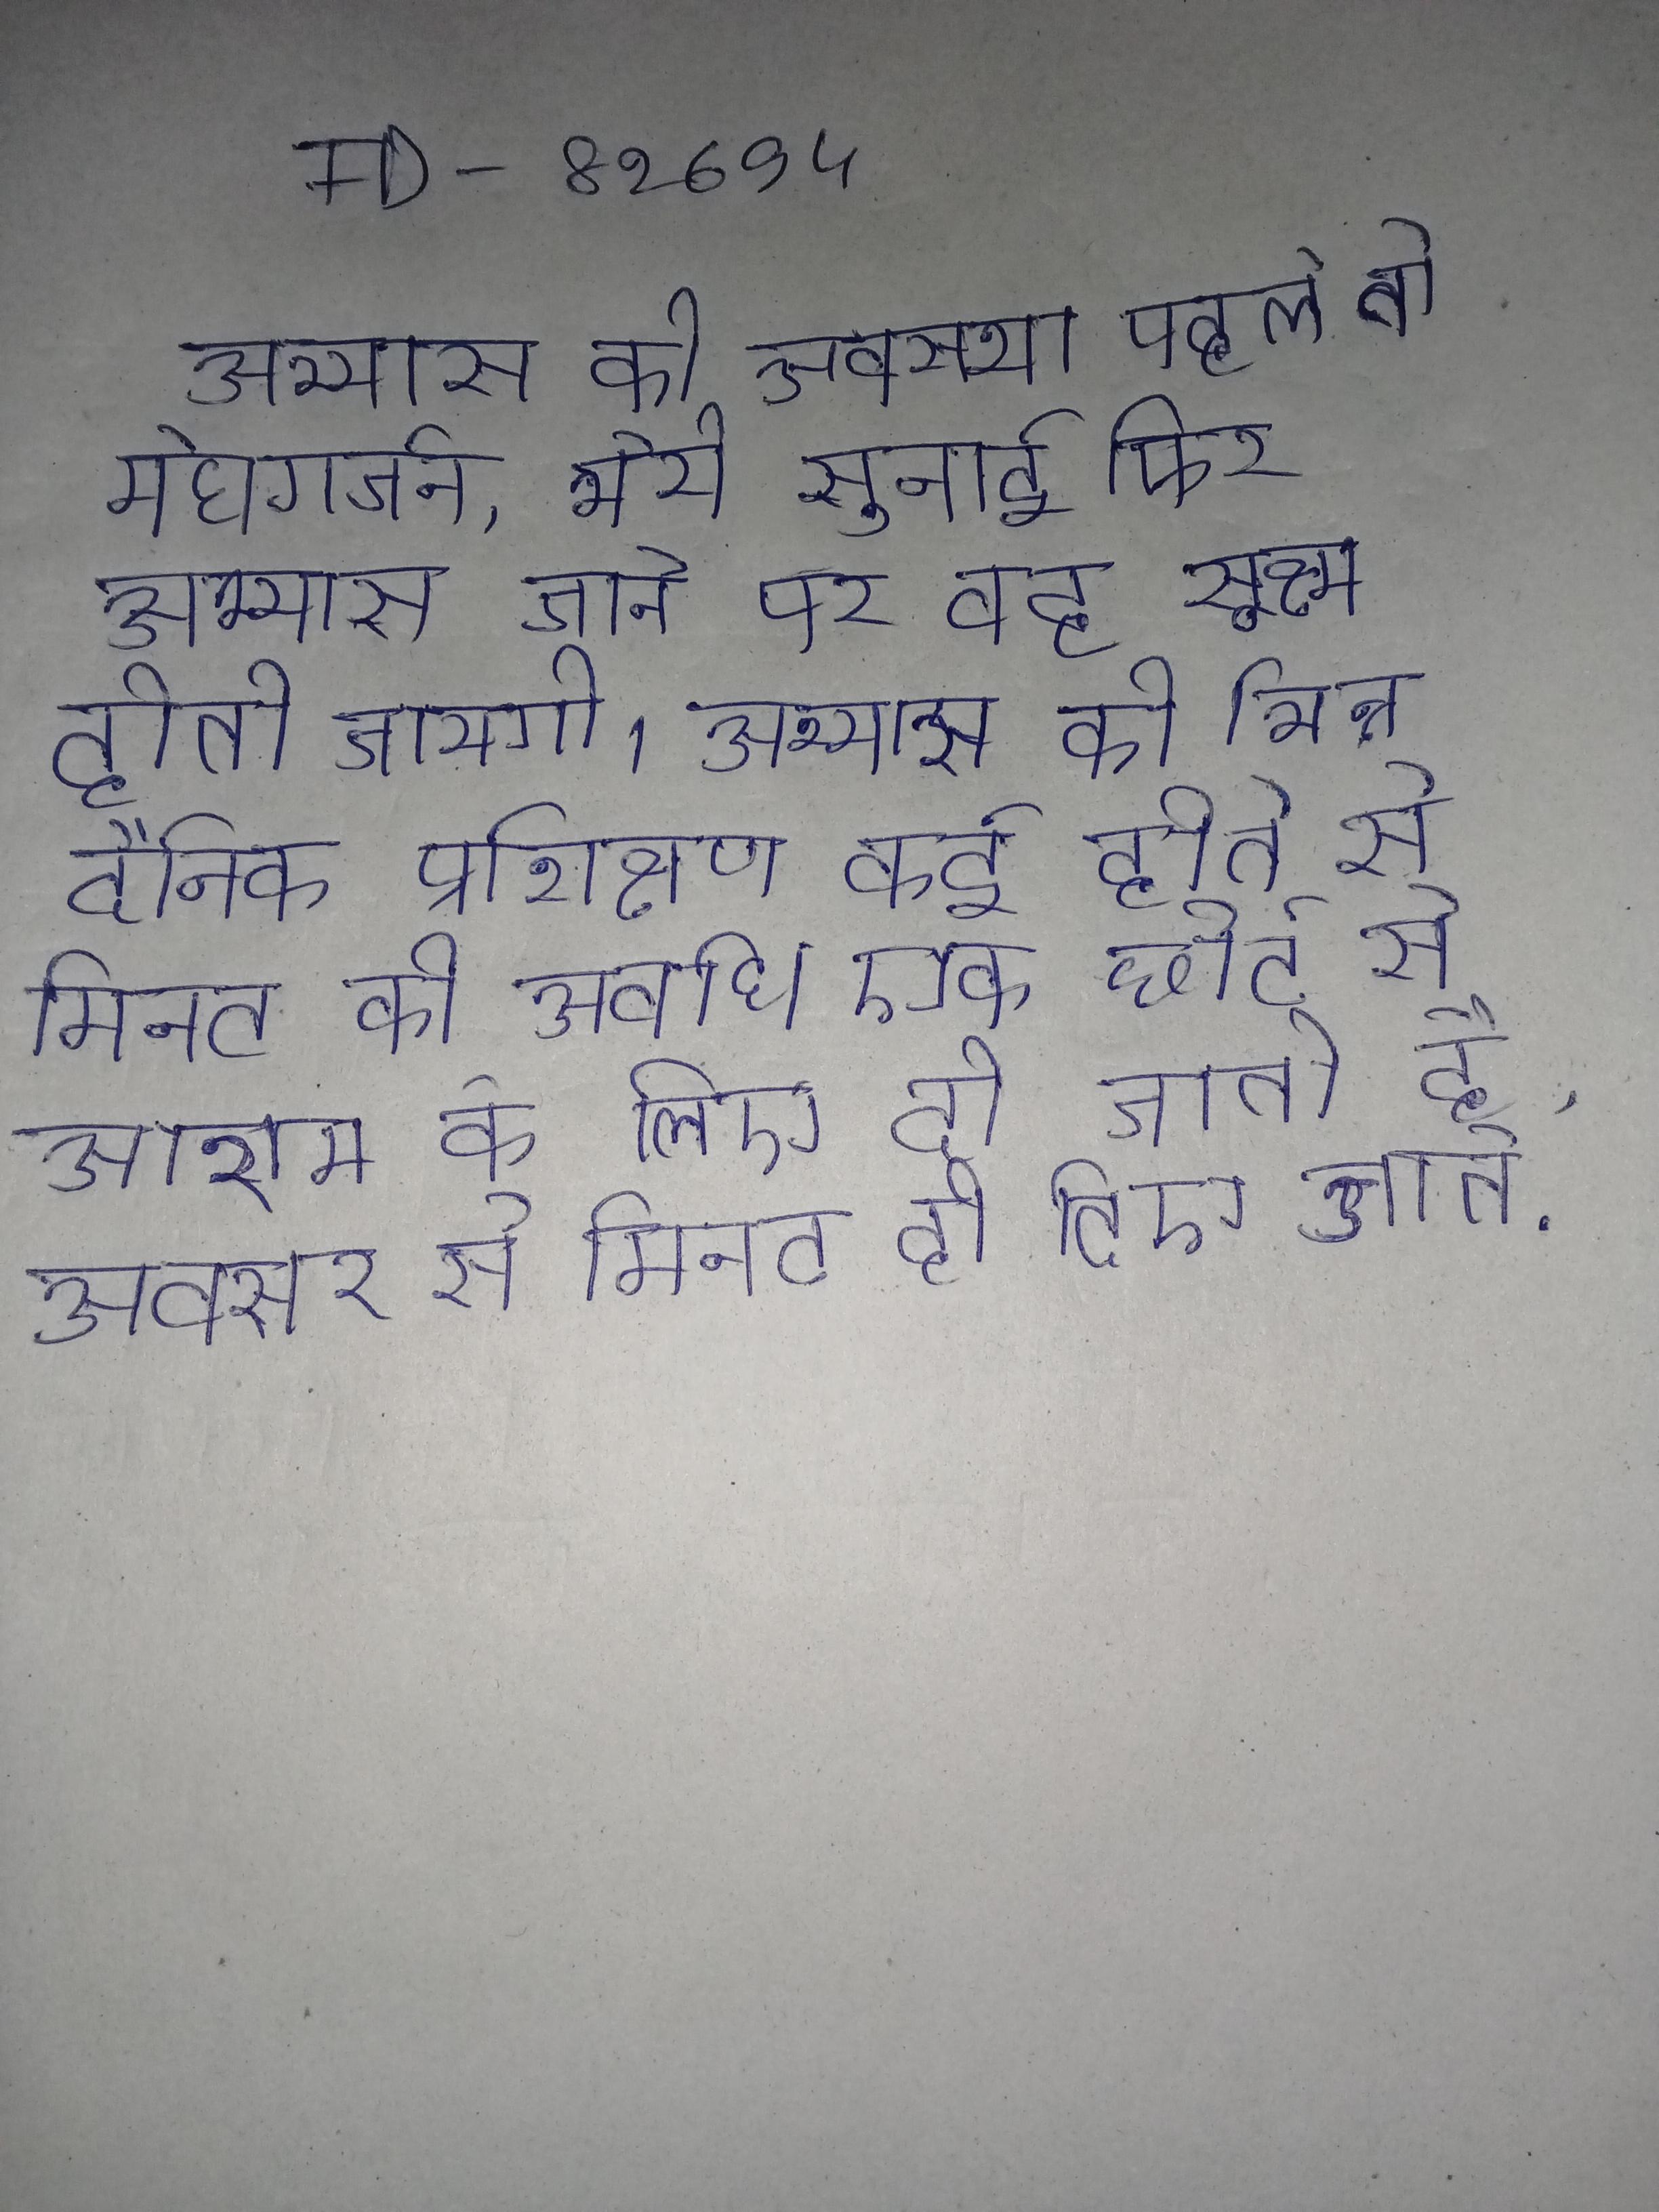
अभ्यास की अवस्था पहले तो मेघगर्जन, भेरी आदि की सी ध्वनि सुनाई फिर अभ्यास जाने पर वह सूक्ष्म होती जायगी । अभ्यास की भिन्न दैनिक प्रशिक्षण कई होते से मिनट की अवधि एक छोटे से आराम के लिए दी जाती है, अक्सर से मिनट ही दिए जाते .